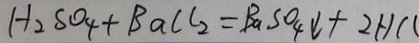
H _ { 2 } S O _ { 4 } + B a C l _ { 2 } = B a S O _ { 4 } \downarrow + 2 H C l